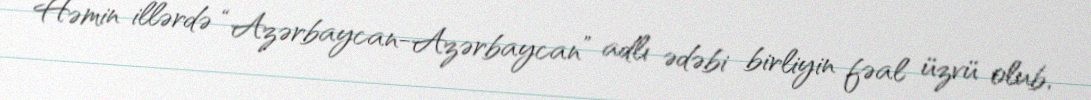
Həmin illərdə “Azərbaycan-Azərbaycan” adlı ədəbi birliyin fəal üzvü olub,